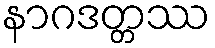
နာဂဒတ္တဿ